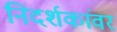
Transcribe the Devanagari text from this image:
निदर्शकांवर